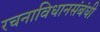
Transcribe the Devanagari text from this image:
रचनाविधानसंबंधी